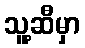
သူ့ဆီမှာ